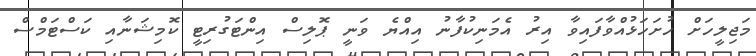
މަޖިލީހަށް ހުށަހަޅުއްވާފައިވާ އިރު އެމަނިކުފާނު އިއްޔެ ވަނީ ޕޮލިސް އިންޓަގުރިޓީ ކޮމިޝަނާއި ކަސްޓަމްސް